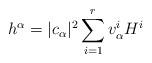
LaTeX: \begin{align*}h^{\alpha}=|c_{\alpha}|^2 \sum_{i=1}^r v_{\alpha}^i H^i\end{align*}